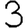
Digit: 3